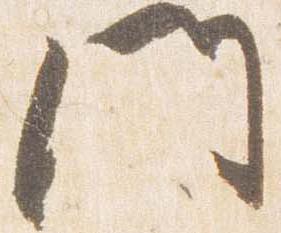
門